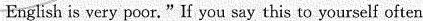
English is very poor." If you say this to yourself often